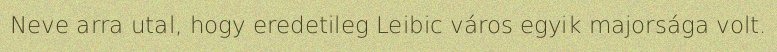
Neve arra utal, hogy eredetileg Leibic város egyik majorsága volt.